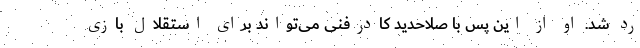
رد شد. او از این پس با صلاحدید کادرفنی می‌تواند برای استقلال بازی